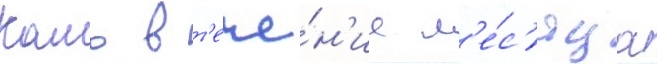
Камо в т'ече́н'ие м'е́с'яца